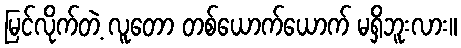
မြင်လိုက်တဲ့ လူတော တစ်ယောက်ယောက် မရှိဘူးလား။